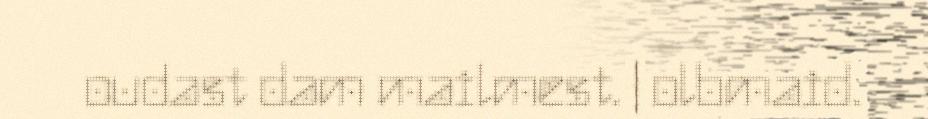
oudast dam mailmest. | olbmaid.